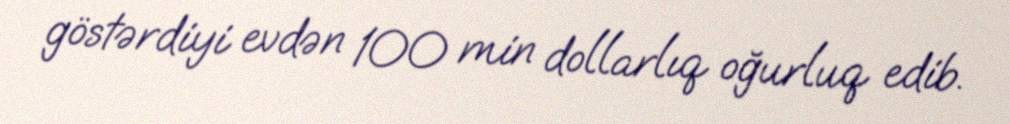
göstərdiyi evdən 100 min dollarlıq oğurluq edib.